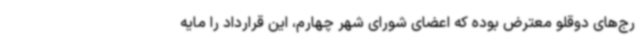
رج‌های دوقلو معترض بوده که اعضای شورای شهر چهارم، این قرارداد را مایه